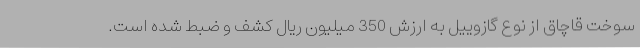
سوخت قاچاق از نوع گازوییل به ارزش 350 میلیون ریال کشف و ضبط شده است.